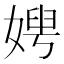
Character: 𡞲